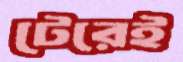
টেরেই